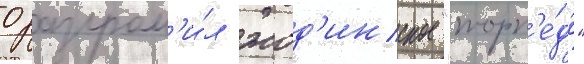
0 разгром'и́л жод'инское "торп'е́до"